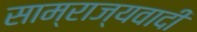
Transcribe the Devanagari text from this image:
साम्राज्‍यवादी